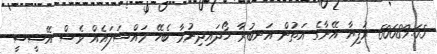
60689.65 ރުފިޔާ އޭނާގެ އަތުން އަނބުރާ ހޯދައިދިނުމާ ބެހޭ މައްސަލައެއް ވެސް އޭސީސީ